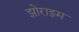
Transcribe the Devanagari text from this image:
झोराझ्म